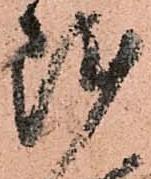
陣